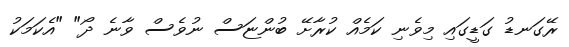
ރޭގަނޑު ގަޑީގައި މިވެނި ކަމެއް ކުރާށޭ ބުންޏަސް ނުވެސް ވާނެ ދޯ" "އެކަމަކު